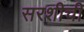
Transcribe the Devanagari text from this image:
सरशीची